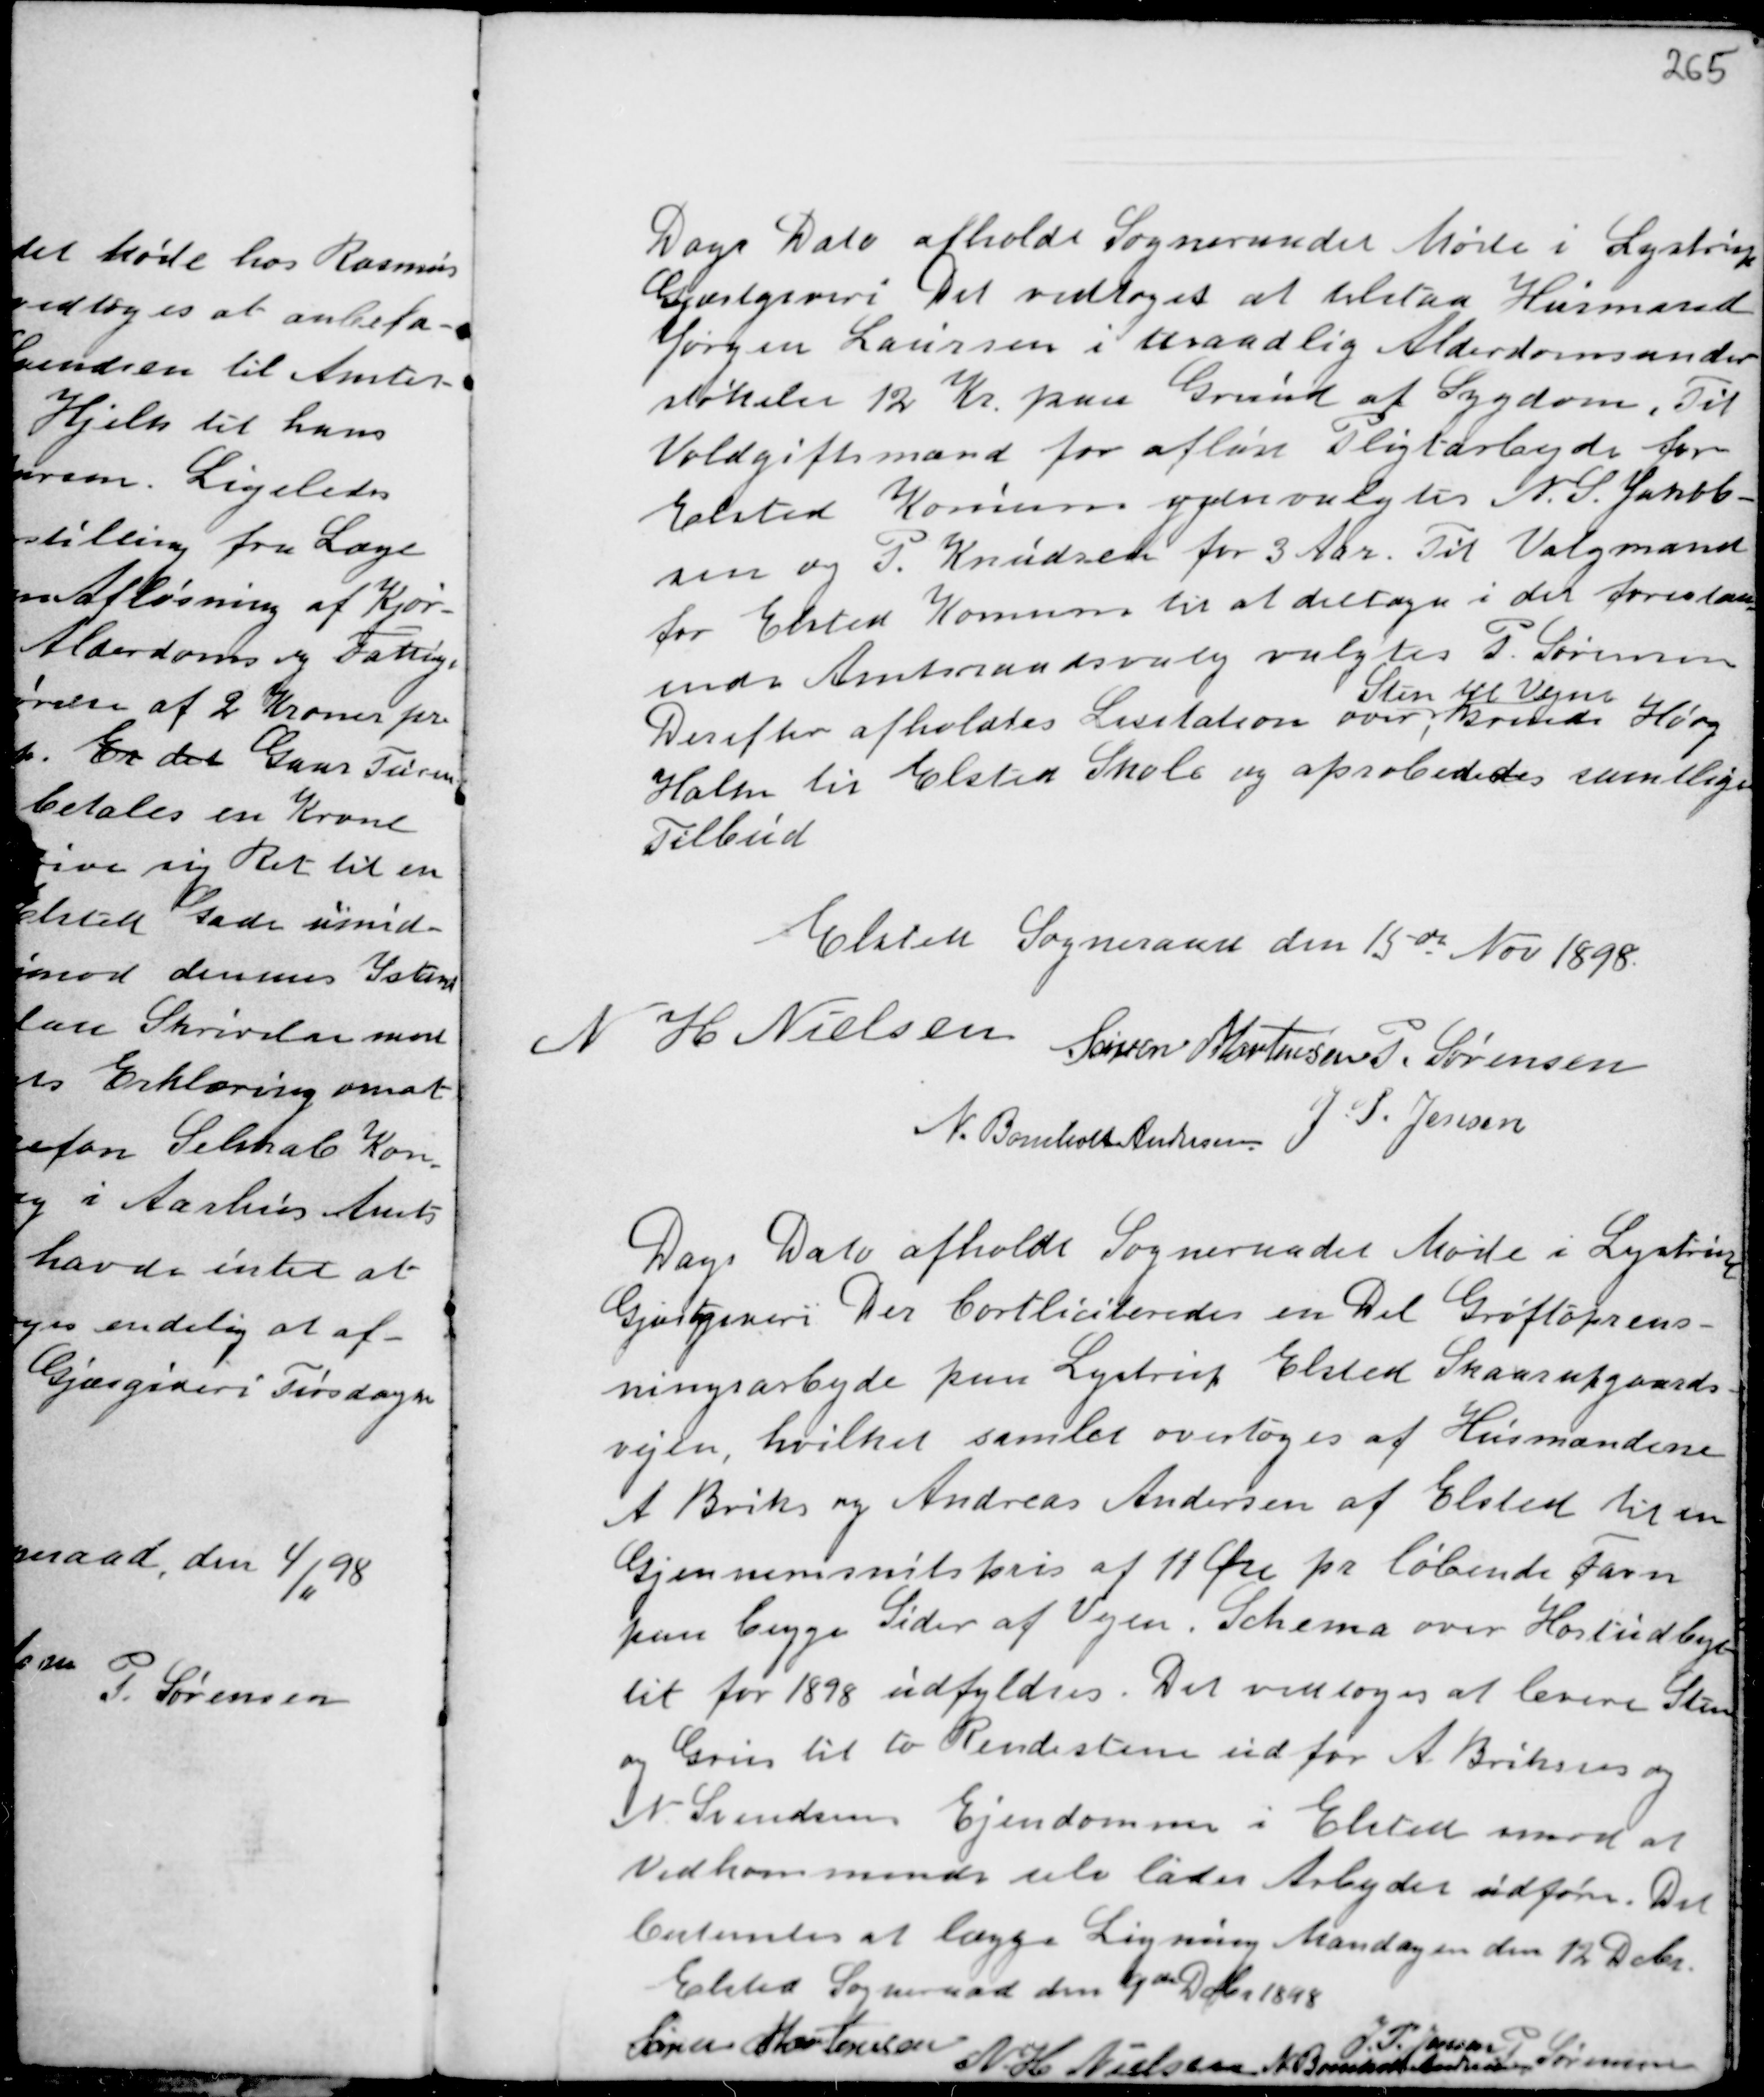
Transskription:
Dags Dato afholdt Sogneraadet Møde i Lystrup
Gjæstgiveri Det vedtoges at tilstaa Husmand
Jørgen Laursen i Maadlig Alderdomsunder-
støttelse 12 Kr. paa Grund af Sygdom. Til
Voldgiftsmand for afløse Pligtarbejde for
Elsted Komune gjenvalgtes N.S. Jakob-
sen og P. Knudsen for 3 Aar. Til Valgmand
for Elsted Komune til at deltage i det forestaa-
ende Amtsraadsvalg valgtes P. Sørensen
Derefter afholdtes Lisitation over,
Sten til Vejen
krunde Høeg
Holm til Elsted Skole og aproberedes samtlige
Tilbud

Elsted Sogneraad den 15de Nov 1898.
N H Nielsen Søren Mortensen P. Sørensen
N. Bomholt Andersen
J. S. Jensen

Dags Dato afholdt Sogneraadet Møde i Lystrup
Gjæstgiveri. Der bortliciteredes en Del Grøftoprens-
ningsarbejde paa Lystrup Elsted Skaarupgaards-
vejen, hvilket samlet overtoges af Husmændene
A. Briks og Andreas Andersen af Elsted til en
Gjennemsnitspris af 11 Øre pr løbende Favn
paa begge Sider af Vejen. Schema over Høstudbyt-
tet for 1898 udfyldtes. Det vedtoges at levere Sten
og Grus til to Rendesten ud for A. Briksens og
N. Svendsens Ejendomme i Elsted imod at
Vedkommende selv lader Arbejdet udføres. Det
bestemtes at lægge Ligning Mandagen den 12 Dcbr.
Elsted Sogneraad den 9de Dcbr 1898

Søren Mortensen
N.H Nielsen N. Bomholt Andersen
J.P. Jensen
P. Sørensen